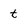
Character: t